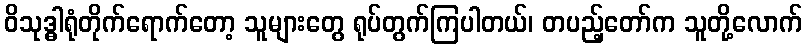
ဝိသုဒ္ဓါရုံတိုက်ရောက်တော့ သူများတွေ ရုပ်တွက်ကြပါတယ်၊ တပည့်တော်က သူတို့လောက်